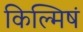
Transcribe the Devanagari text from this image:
किल्मिषं